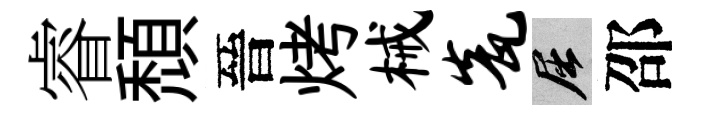
睿頹晉烤械瓮屈邵